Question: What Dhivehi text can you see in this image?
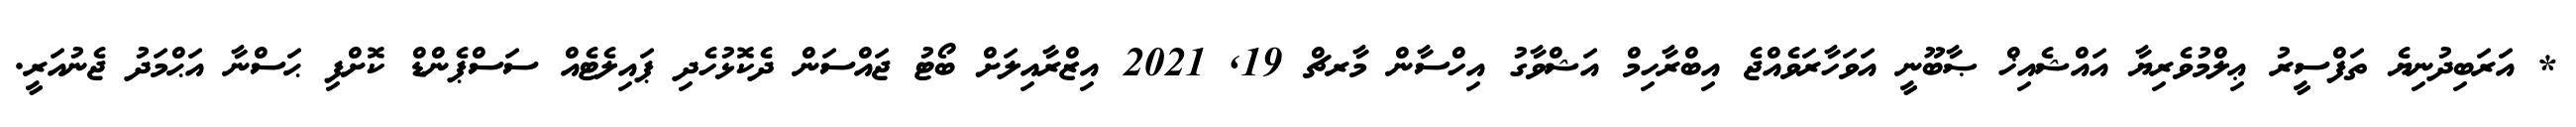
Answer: * އަރަބިދުނިޔެ ތަފްސީރު ޢިލްމުވެރިޔާ އައްޝެއިޚް ޞާބޫނީ އަވަހާރަވެއްޖެ އިބްރާހިމް އަޝްވާގު އިހްސާން މާރޗް 19, 2021 އިޒްރާއިލަށް ބޯޓު ޖައްސަން ދެކޮޅުހެދި ޕައިލެޓެއް ސަސްޕެންޑް ކޮށްފި ޙަސްނާ އަޙްމަދު ޖެނުއަރީ.